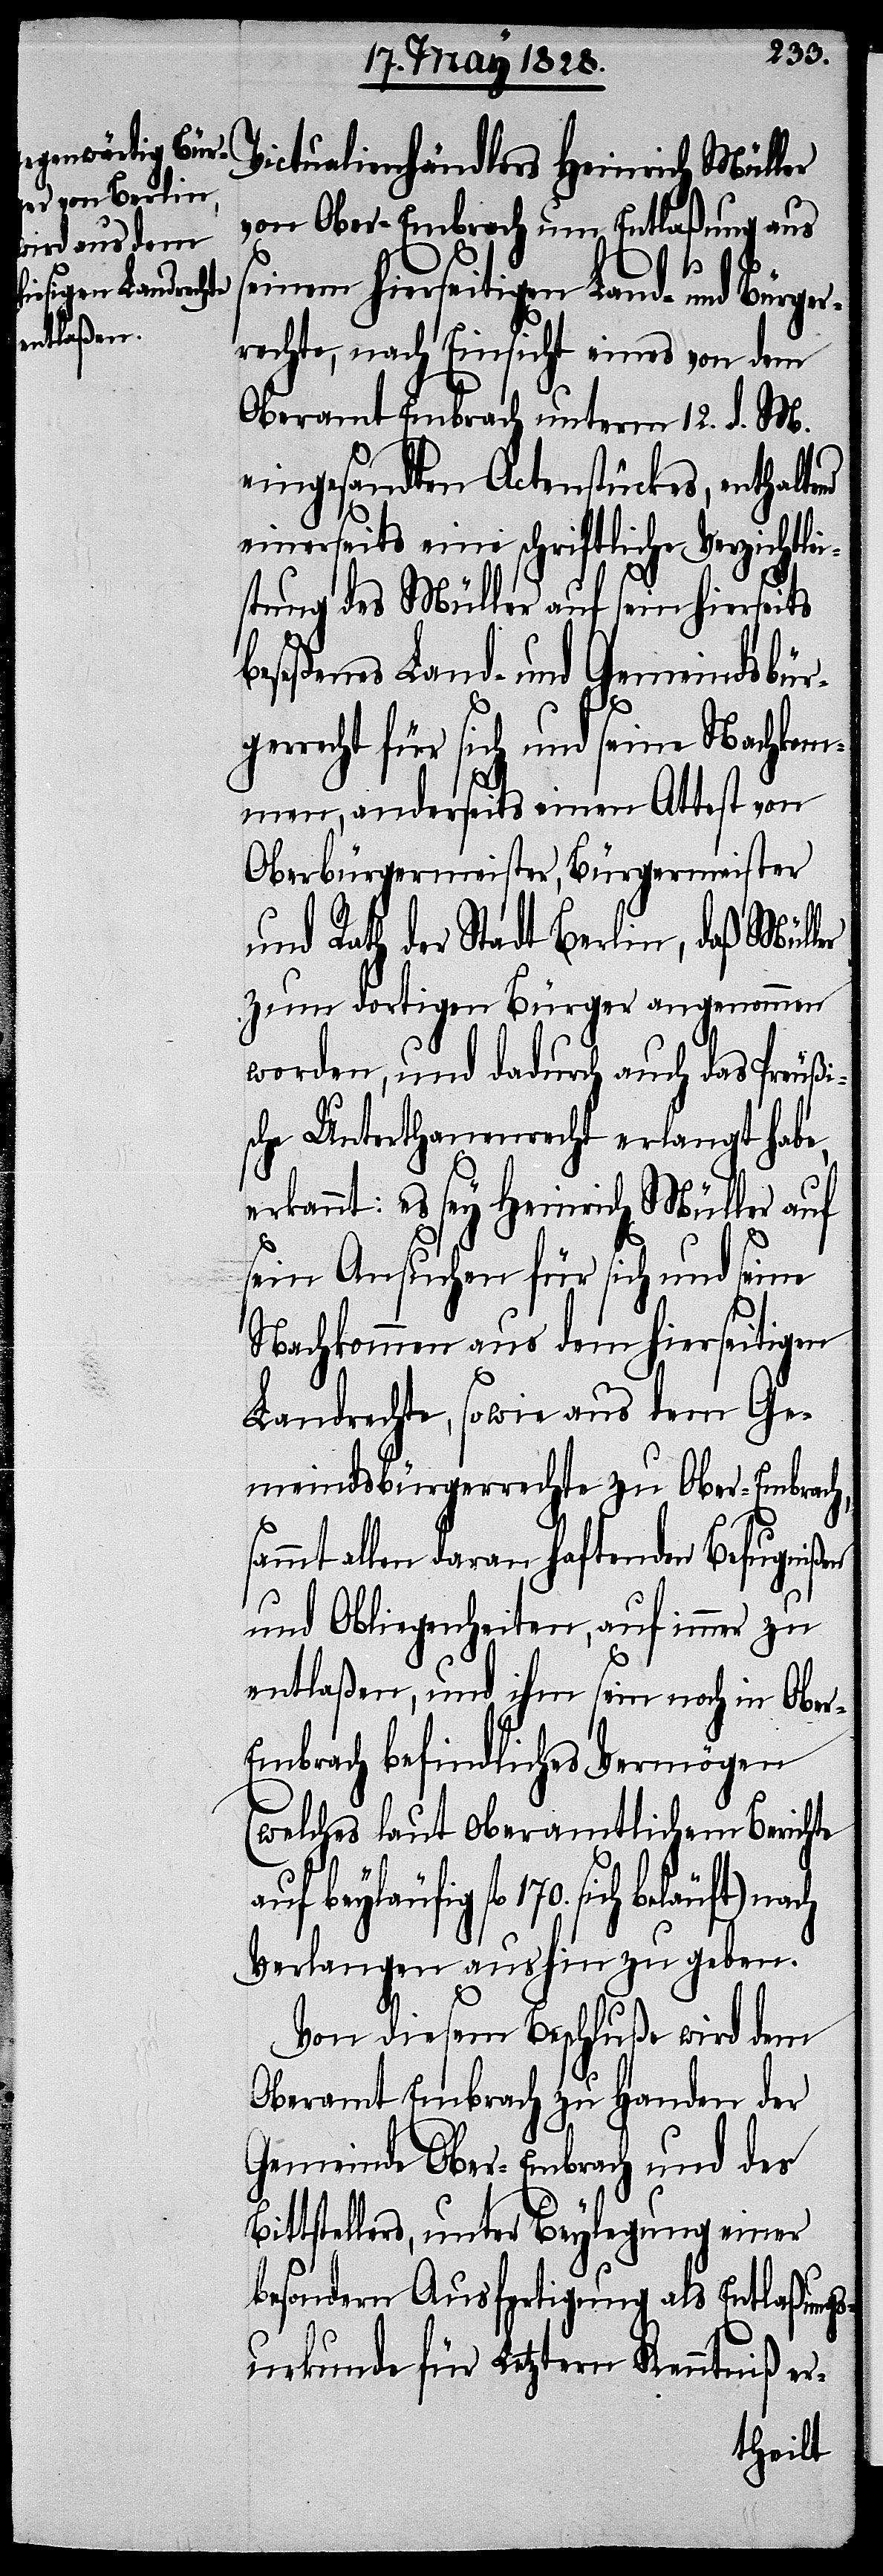
Victualienhändlers Heinrich Müller
von Ober-Embrach um Entlaßung aus
einem hierseitigen Land- und Bürg¬
rechte, nach Einsicht eines von dem
Oberamt Embrach unterm 12. d. M.
eingesandten Actenstückes, enthalte¬
einerseits eine schriftliche Verzichtlei¬
stung des Müller auf sein hierseits
beseßenes Land- und Gemeindsbür¬
s¬
gerrecht für sich und seine Nachkom¬
men, anderseits einem Attest von
Oberbürgermeister, Bürgermeister
und Rath der Stadt Berlin, daß Müller
zum dortigen Bürger aufgenommen
worden, und dadurch auch das Preußi¬
sche Unterthanenrecht erlangt habe,
erkannt: es sey Heinrich Müller auf
sein Ansuchen für sich und seine
Nachkommen aus dem hierseitigen
Landrechte, so wie aus dem Ge¬
meindsbürgerrechte zu Ober-Embrach,
ammt allen daran haftenden Befugnißen
und Obliegenheiten, auf immer zu
entlaßen, und ihm sein noch in Obe¬
r-Embrach befindliches Vermögen
(welches laut oberamtlichem Berichte
auf beyläufig fl. 170. sich
Verlangen aushin zu geben.
Von diesem Beschluße wird dem
Oberamt Embrach zu Handen der
Gemeinde Ober-Embrach und des
Bittstellers, unter Beylegung einer
besondern Ausfertigung der Entlaßung¬
surkunde für Letztern Kenntniß er-